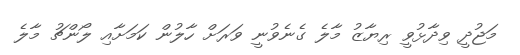
މަޖުދީ ވިދާޅުވީ ރިޔާޒު މާލެ ގެނެވުނީ ވަރަށް ހާލުން ކަމަށާއި ލޯންޗު މާލެ